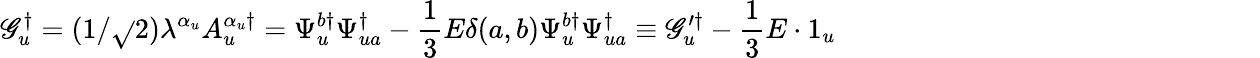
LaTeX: \mathscr{G}_{u}^{\dagger}=(1/\sqrt{}{{2}})\lambda^{\alpha_{u}}A_{u}^{\alpha_{u}\dagger}=\Psi_{u}^{b\dagger}\Psi_{ua}^{\dagger}-\frac{1}{3}E\delta(a,b)\Psi_{u}^{b\dagger}\Psi_{ua}^{\dagger}\equiv\mathscr{G}_{u}^{\prime\dagger}-\frac{1}{3}E\cdot1_{u}\qquad\qquad\qquad\qquad\qquad\qquad\qquad\quad